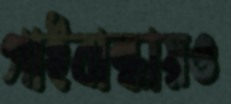
গাইবান্ধায়ও